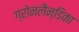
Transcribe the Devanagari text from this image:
ग्रोनलैन्डिका